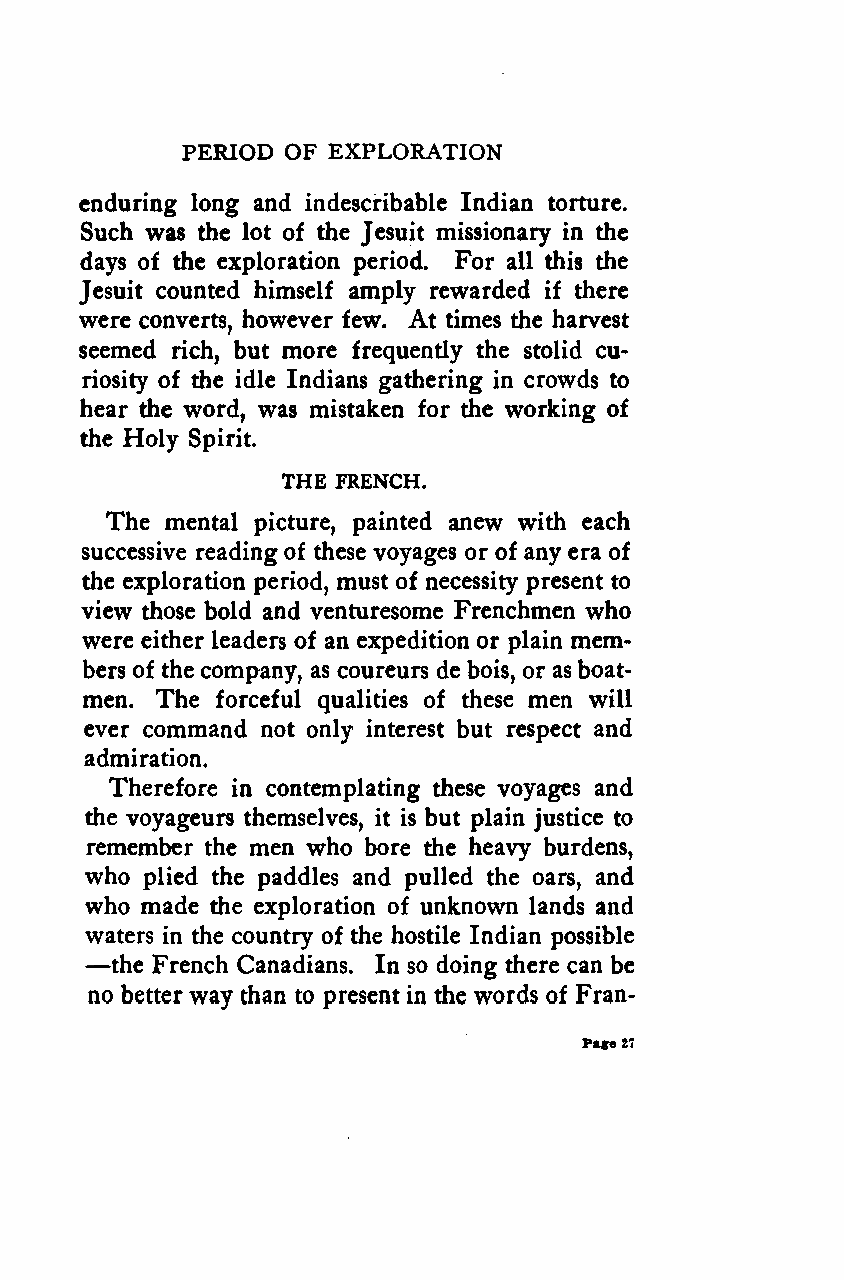
PERIOD OF EXPLORATION
 enduring long and indescribable Indian torture.
 Such was the lot of the Jesuit missionary in the
 days of the exploration period. For all this the
 Jesuit counted himself amply rewarded if there
 were converts, however few. At times the harvest
 seemed rich, but more frequently the stolid cu-
 riosity of the idle Indians gathering in crowds to
 hear the word, was mistaken for the working of
 the Holy Spirit.
 THE FRENCH.
 The mental picture, painted anew with each
 successive reading of these voyages or of any era of
 the exploration period, must of necessity present to
 view those bold and venturesome Frenchmen who
 were either leaders of an expedition or plain mem-
 bers of the company, as coureurs de bois, or as boat-
 men. The forceful qualities of these men will
 ever command not only interest but respect and
 admiration.
 Therefore in contemplating these voyages and
 the voyageurs themselves, it is but plain justice to
 remember the men who bore the heavy burdens,
 who plied the paddles and pulled the oars, and
 who made the exploration of unknown lands and
 waters in the country of the hostile Indian possible
 —
 the French Canadians. In so doing there can be
 no better way than to present in the words of Fran-
 Page21
 Google
 Digitizedby